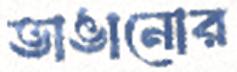
ভাঙানোর